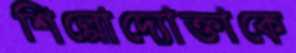
শিল্পোদ্যোক্তাকে